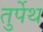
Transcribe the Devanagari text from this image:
तुर्पेथ